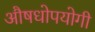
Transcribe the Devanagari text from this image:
औषधोपयोगी